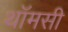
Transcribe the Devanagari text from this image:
थॉमसी